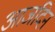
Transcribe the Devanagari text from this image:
आजदिन